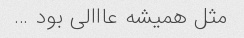
مثل همیشه عااالی بود …